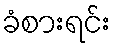
ခံစားရင်း